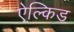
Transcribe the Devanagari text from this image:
ऐल्किड